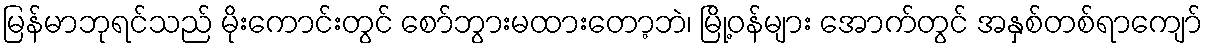
မြန်မာဘုရင်သည် မိုးကောင်းတွင် စော်ဘွားမထားတော့ဘဲ၊ မြို့ဝန်များ အောက်တွင် အနှစ်တစ်ရာကျော်